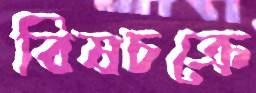
বিষচক্রে